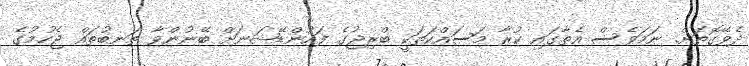
ދެވޭގޮތަށް. ނަމަވެސް އެތާގައި ކުރާ މަސައްކަތަކީ ބްރިޖުގެ ފައުންޑޭޝަނަށް ބޭނުންވާ ތަނބުތައް ޖެހުމުގެ